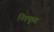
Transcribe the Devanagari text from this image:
निश्कृय